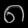
Digit: ၈